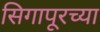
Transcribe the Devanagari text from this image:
सिगापूरच्या